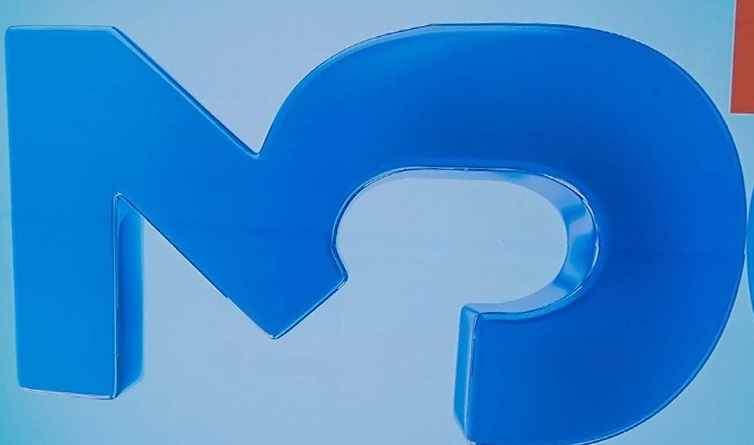
3